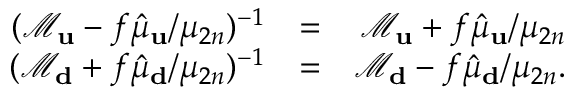
\begin{array} { r l r } { ( \mathcal { M } _ { \bf u } - f \hat { \mu } _ { \bf u } / \mu _ { 2 n } ) ^ { - 1 } } & { = } & { \mathcal { M } _ { \bf u } + f \hat { \mu } _ { \bf u } / \mu _ { 2 n } } \\ { ( \mathcal { M } _ { \bf d } + f \hat { \mu } _ { \bf d } / \mu _ { 2 n } ) ^ { - 1 } } & { = } & { \mathcal { M } _ { \bf d } - f \hat { \mu } _ { \bf d } / \mu _ { 2 n } . } \end{array}